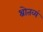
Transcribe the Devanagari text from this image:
श्रोतव्यं